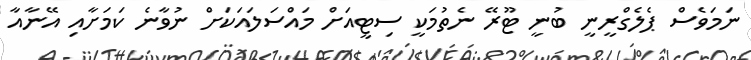
ނަމަވެސް ޕެލެގްރީނީ ބުނީ ޓޫރޭ ނެތުމަކީ ސިޓީއަށް މައްސަލައަކަށް ނުވާނެ ކަމަށާއި އޭނާއާ